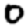
Digit: 0